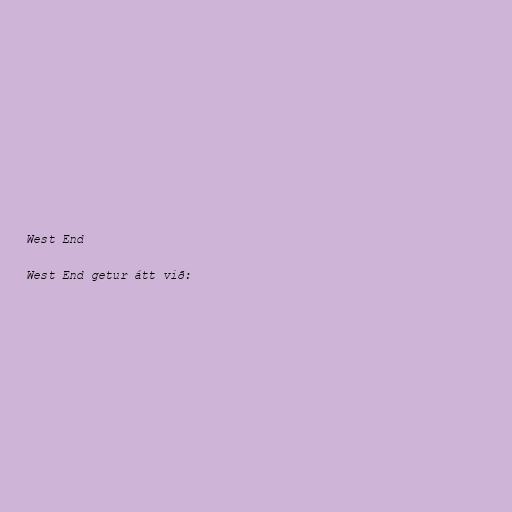
West End

West End getur átt við: